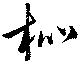
枇